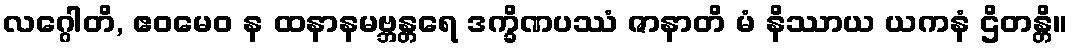
လဂ္ဂေါတိ, ဧဝမေဝ န ထနာနမဗ္ဘန္တရေ ဒက္ခိဏပဿံ ဇာနာတိ မံ နိဿာယ ယကနံ ဌိတန္တိ။